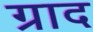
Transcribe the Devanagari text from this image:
ग्राद